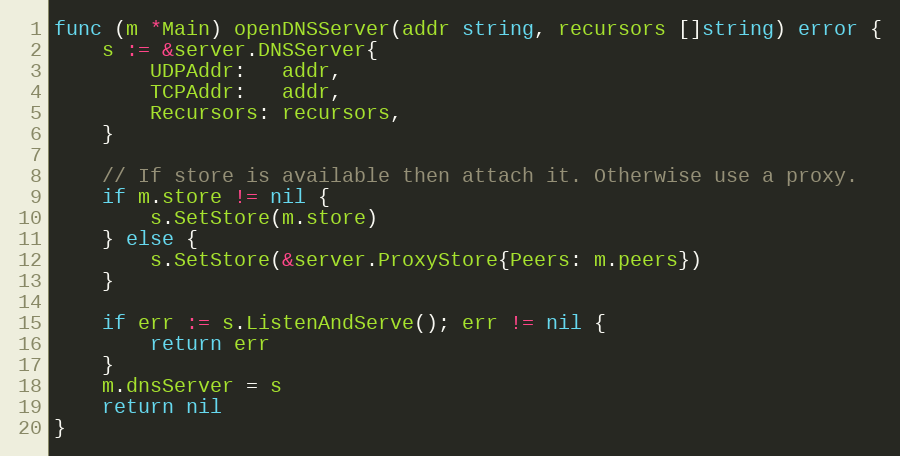
Language: Go
func (m *Main) openDNSServer(addr string, recursors []string) error {
	s := &server.DNSServer{
		UDPAddr:   addr,
		TCPAddr:   addr,
		Recursors: recursors,
	}

	// If store is available then attach it. Otherwise use a proxy.
	if m.store != nil {
		s.SetStore(m.store)
	} else {
		s.SetStore(&server.ProxyStore{Peers: m.peers})
	}

	if err := s.ListenAndServe(); err != nil {
		return err
	}
	m.dnsServer = s
	return nil
}